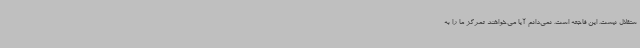
ستقلال نیست. این فاجعه است. نمی‌دانم آیا می‌خواهند تمرکز ما را به